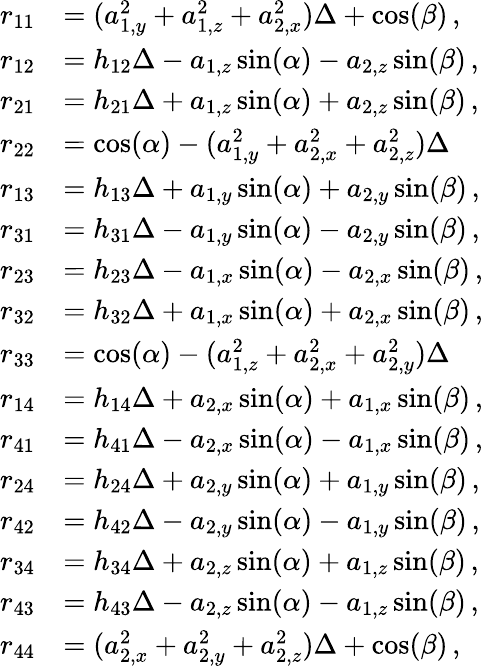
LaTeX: \begin{array}{rl}{r_{11}}&{=(a_{1,y}^{2}+a_{1,z}^{2}+a_{2,x}^{2})\Delta+\cos(\beta)\, ,}\\ {r_{12}}&{=h_{12}\Delta-a_{1,z}\sin(\alpha)-a_{2,z}\sin(\beta)\, ,}\\ {r_{21}}&{=h_{21}\Delta+a_{1,z}\sin(\alpha)+a_{2,z}\sin(\beta)\, ,}\\ {r_{22}}&{=\cos(\alpha)-(a_{1,y}^{2}+a_{2,x}^{2}+a_{2,z}^{2})\Delta}\\ {r_{13}}&{=h_{13}\Delta+a_{1,y}\sin(\alpha)+a_{2,y}\sin(\beta)\, ,}\\ {r_{31}}&{=h_{31}\Delta-a_{1,y}\sin(\alpha)-a_{2,y}\sin(\beta)\, ,}\\ {r_{23}}&{=h_{23}\Delta-a_{1,x}\sin(\alpha)-a_{2,x}\sin(\beta)\, ,}\\ {r_{32}}&{=h_{32}\Delta+a_{1,x}\sin(\alpha)+a_{2,x}\sin(\beta)\, ,}\\ {r_{33}}&{=\cos(\alpha)-(a_{1,z}^{2}+a_{2,x}^{2}+a_{2,y}^{2})\Delta}\\ {r_{14}}&{=h_{14}\Delta+a_{2,x}\sin(\alpha)+a_{1,x}\sin(\beta)\, ,}\\ {r_{41}}&{=h_{41}\Delta-a_{2,x}\sin(\alpha)-a_{1,x}\sin(\beta)\, ,}\\ {r_{24}}&{=h_{24}\Delta+a_{2,y}\sin(\alpha)+a_{1,y}\sin(\beta)\, ,}\\ {r_{42}}&{=h_{42}\Delta-a_{2,y}\sin(\alpha)-a_{1,y}\sin(\beta)\, ,}\\ {r_{34}}&{=h_{34}\Delta+a_{2,z}\sin(\alpha)+a_{1,z}\sin(\beta)\, ,}\\ {r_{43}}&{=h_{43}\Delta-a_{2,z}\sin(\alpha)-a_{1,z}\sin(\beta)\, ,}\\ {r_{44}}&{=(a_{2,x}^{2}+a_{2,y}^{2}+a_{2,z}^{2})\Delta+\cos(\beta)\, ,}\end{array}